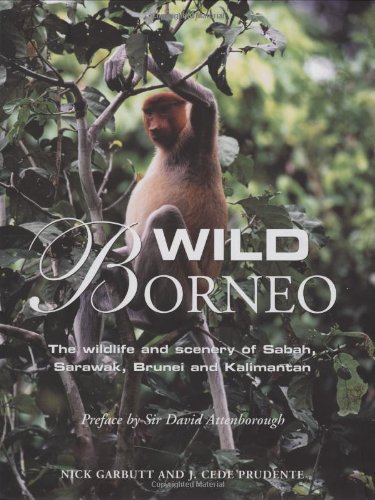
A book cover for Wild Borneo: The Wildlife and Scenery of Sabah, Sarawak, Brunei, and Kalimantan; Nick Garbutt; Travel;